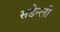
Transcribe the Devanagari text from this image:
सडेन्ली